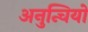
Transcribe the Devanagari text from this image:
अनुन्चियो